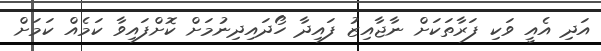
އަދި އެއީ ވަކި ފަރާތަކަށް ނާޖާއިޒު ފައިދާ ހޯދައިދިނުމަށް ކޮށްފައިވާ ކަމެއް ކަމަށް